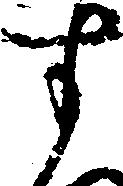
す